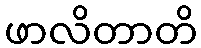
ဖာလိတာတိ